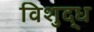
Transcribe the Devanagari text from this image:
विशुद्‍ध